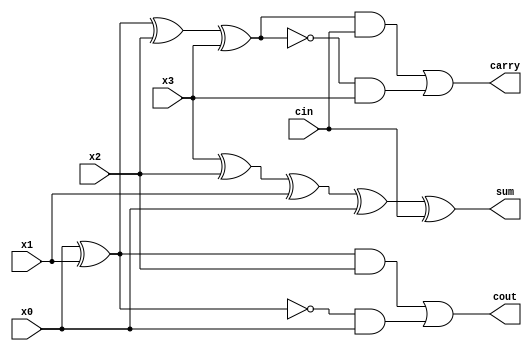
module Counter_5_3
(
   input  wire x0,
   input  wire x1,
   input  wire x2,
   input  wire x3,   
   input  wire cin,
   output wire cout,
   output wire carry,
   output wire sum
);

//	assign cout = (x3&x2)|(x2&x1)|(x3&x1);
	assign cout = ((x0^x1)&x2)|(~(x0^x1)&x0);
	assign sum = x3^x2^x1^x0^cin;
//	assign carry = (x0&~(x3^x2^x1^x0))||(cin&(x3^x2^x1^x0));
	assign carry = ((x0^x1^x2^x3)&cin) | ((~(x0^x1^x2^x3))& x3);
	
endmodule